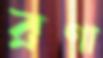
রণা